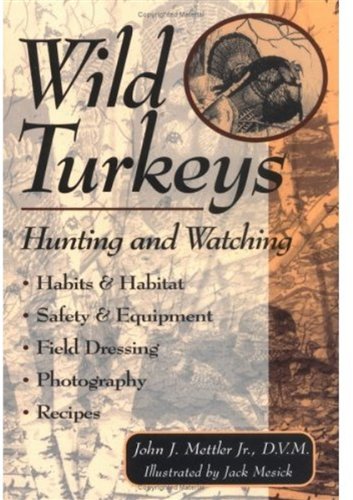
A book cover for Wild Turkeys: Hunting and Watching; John J. Mettler; Cookbooks, Food & Wine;